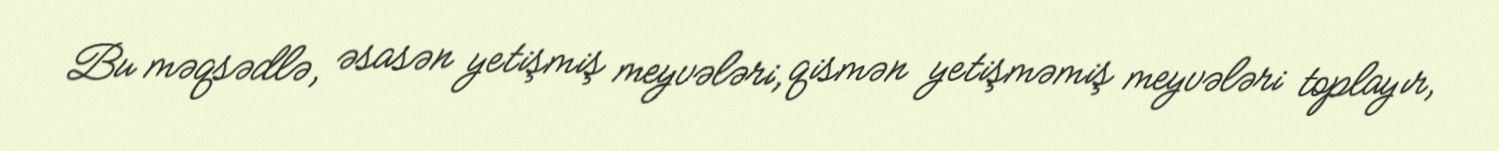
Bu məqsədlə, əsasən yetişmiş meyvələri, qismən yetişməmiş meyvələri toplayır,